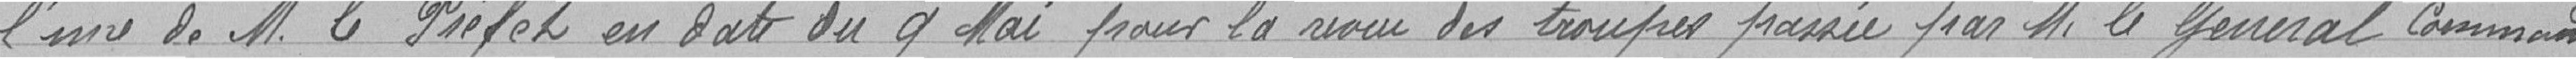
l'avis de Monsieur le Préfet en date du 9 mai pour la revue des troupes passer par Monsieur le général commandant